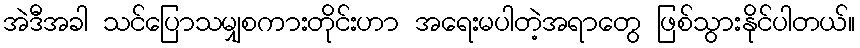
အဲဒီအခါ သင်ပြောသမျှစကားတိုင်းဟာ အရေးမပါတဲ့အရာတွေ ဖြစ်သွားနိုင်ပါတယ်။